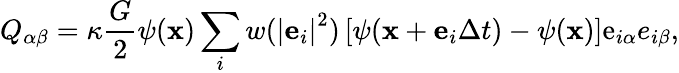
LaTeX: {Q_{\alpha\beta}}=\kappa\frac{G}{2}\psi({\mathbf{x}})\sum_{i}{w({{\left|{{{\mathbf{e}}_{i}}}\right|}^{2}})}\left[{\psi({\mathbf{x}}+{{\mathbf{e}}_{i}}\Delta t)-\psi({\mathbf{x}})}\right]{\mathrm{{e}}_{i\alpha}}{e_{i\beta}},